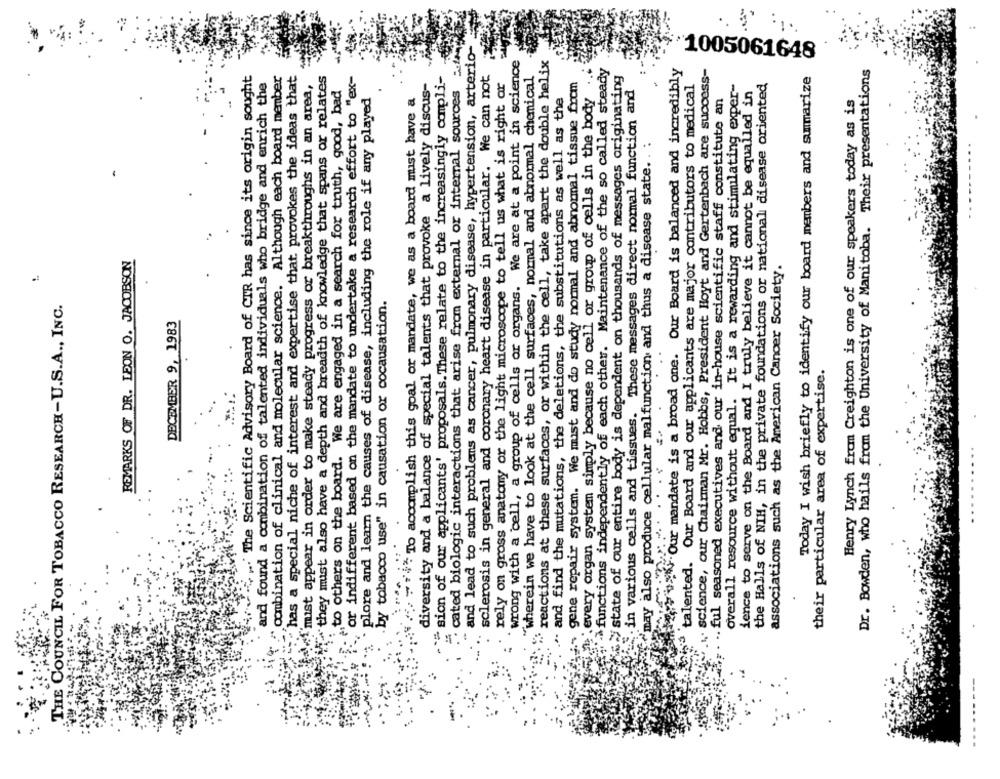
..
. cated biologic interactions that arise from external or internal sources :
and lead to such problems as cancer, pulmonary disease, hypertension, arterio-
wrong with a cell, a group of cells or organs. We are at a point in science
reactions at these surfaces, or within the cell, take apart the double helix
"wherein we have to look at the cell surfaces, normal and abnormal chemical
>functions independently of each other. Maintenance of the so called steady
"1005061648
Dr. Bowden, who hails from the University of Manitoba. Their presentations
" The Scientific Advisory Board of CTR has since its origin sought
combination of clinical and molecular science. Although each board member
has a special niche of interest and expertise that. provokes the ideas that
or indifferent based on the mandate to undertake a research effort to "ex-
sion of our applicants' proposals. These relate to the increasingly compli-
sclerosis in general and coronary heart disease in particular. We can not
rely on gross anatomy or the light microscope to tell us what is right or
Fystate of our entire body is dependent on thousands of messages originating
your mandate is a broad one. Our Board is balanced and incredibly
science, our Chairman Mr. Hobbs, President Hoyt and Gertenbach are success-
Today I wish briefly to identify our board members and summarize
and found a combination of talented individuals who bridge and enrich the
."mist appear in order to make steady progress or breakthroughs in an area,
"they must also have a depth and breadth of knowledge that spans or relates
to others on the board. We are engaged in a search for truth, good, bad
diversity and a balance of special talents that provoke a lively discus-
gene repair system. We must and do study normal and abnormal tissue from
.in various cells and tissues. These messages direct normal function and
talented. Our Board and our applicants are major contributors to medical
the Halls of NIH, in the private foundations or national disease oriented
and find the mutations, the deletions, the substitutions as well as the
overall resource without equal. It is a rewarding and stimulating exper-
ience to serve on the Board and I truly believe it cannot be equalled in
plore and learn the causes of disease, including the role if any played
/ ~ 14* To accomplish this goal or mandate, we as a board must have a
every organ system simply because no cell or group of cells in the body
. ful seasoned executives and our in-house scientific staff constitute an
Henry Lynch from Creighton is one of our speakers today as is
"may also produce cellular malfunction and thus a disease state .. :
REMARKS OF DR. LEON O. JACOBSON
associations such as the American Cancer Society.
THE COUNCIL FOR TOBACCO RESEARCH-U.S.A ., INC.
.by tobacco use" in causation or cocausation.
DECEMBER 9, 1983
their particular area of expertise.
..
-